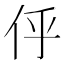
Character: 𠇼